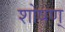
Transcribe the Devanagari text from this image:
शोषण्